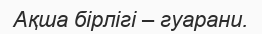
Ақша бірлігі – гуарани.